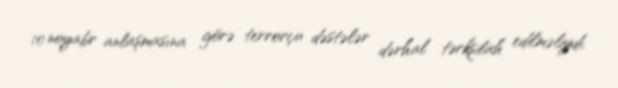
10 noyabr anlaşmasına görə terrorçu dəstələr dərhal tərksilah edilməliydi,